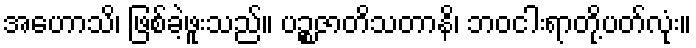
အဟောသိ၊ ဖြစ်ခဲ့ဖူးသည်။ ပဉ္စဇာတိသတာနိ၊ ဘဝငါးရာတို့ပတ်လုံး။